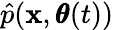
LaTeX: \hat{p}(\mathbf x,\pmb\theta(t))